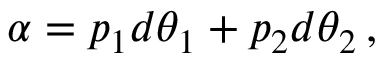
\alpha = p _ { 1 } d \theta _ { 1 } + p _ { 2 } d \theta _ { 2 } \, ,